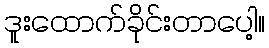
ဒူးထောက်ခိုင်းတာပေါ့။